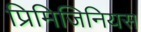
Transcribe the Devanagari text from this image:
प्रिमिजिनियस